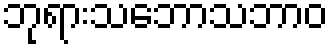
ဘုရားသဘောသဘာဝ